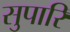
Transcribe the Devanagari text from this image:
सुपारि